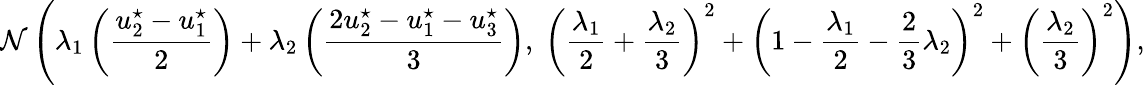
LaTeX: \mathcal{N}\left(\lambda_{1}\left(\frac{u_{2}^{\star}-u_{1}^{\star}}{2}\right)+\lambda_{2}\left(\frac{2u_{2}^{\star}-u_{1}^{\star}-u_{3}^{\star}}{3}\right),\ \left(\frac{\lambda_{1}}{2}+\frac{\lambda_{2}}{3}\right)^{2}+\left(1-\frac{\lambda_{1}}{2}-\frac{2}{3}\lambda_{2}\right)^{2}+\left(\frac{\lambda_{2}}{3}\right)^{2}\right),